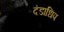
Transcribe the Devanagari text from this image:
दंडाधिप